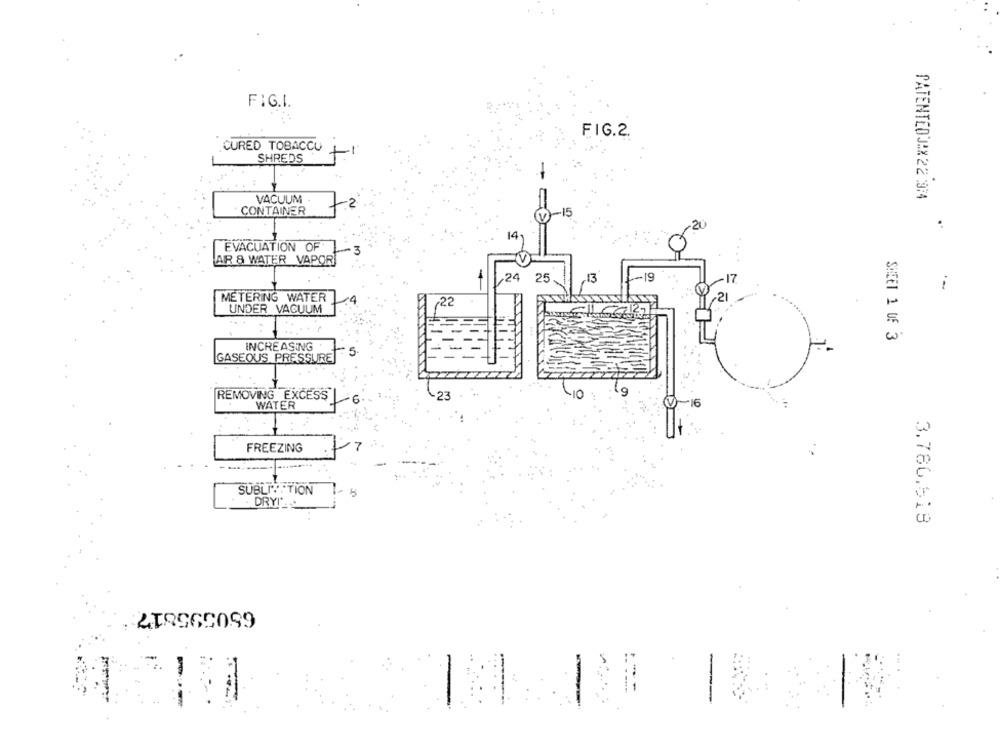
FIG.I.
FIG.2.
CURED TOBACCO
SHREDS
PATENTEDJAX 22 :974
VACUUM
CONTAINER
-2
14.
EVACUATION OF
AIR & WATER VAPOR
,24
25
.13
METERING WATER
1
UNDER VACUUM
22
w
INCREASING
SHEET 1 OF 3
GASEOUS PRESSURE
REMOVING EXCESS
WATER
-16
FREEZING
SUBLITATION
DRY!'
3.786.618
ZIR965099
-